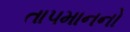
તા૫માનનો